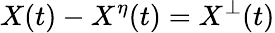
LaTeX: X(t)-X^{\eta}(t)=X^{\bot}(t)